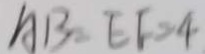
A B = E F = 4